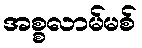
အစ္စလာမ်မစ်